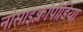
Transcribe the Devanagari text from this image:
नोसाइक्लोपीडिया